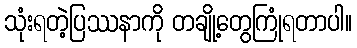
သုံးရတဲ့ပြဿနာကို တချို့တွေကြုံရတာပါ။